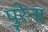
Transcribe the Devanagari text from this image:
पुरेना